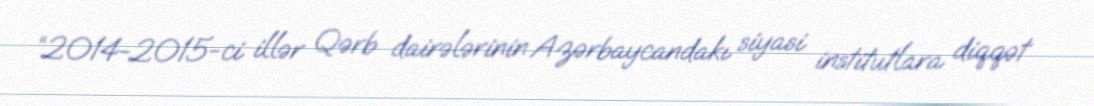
“2014-2015-ci illər Qərb dairələrinin Azərbaycandakı siyasi institutlara diqqət